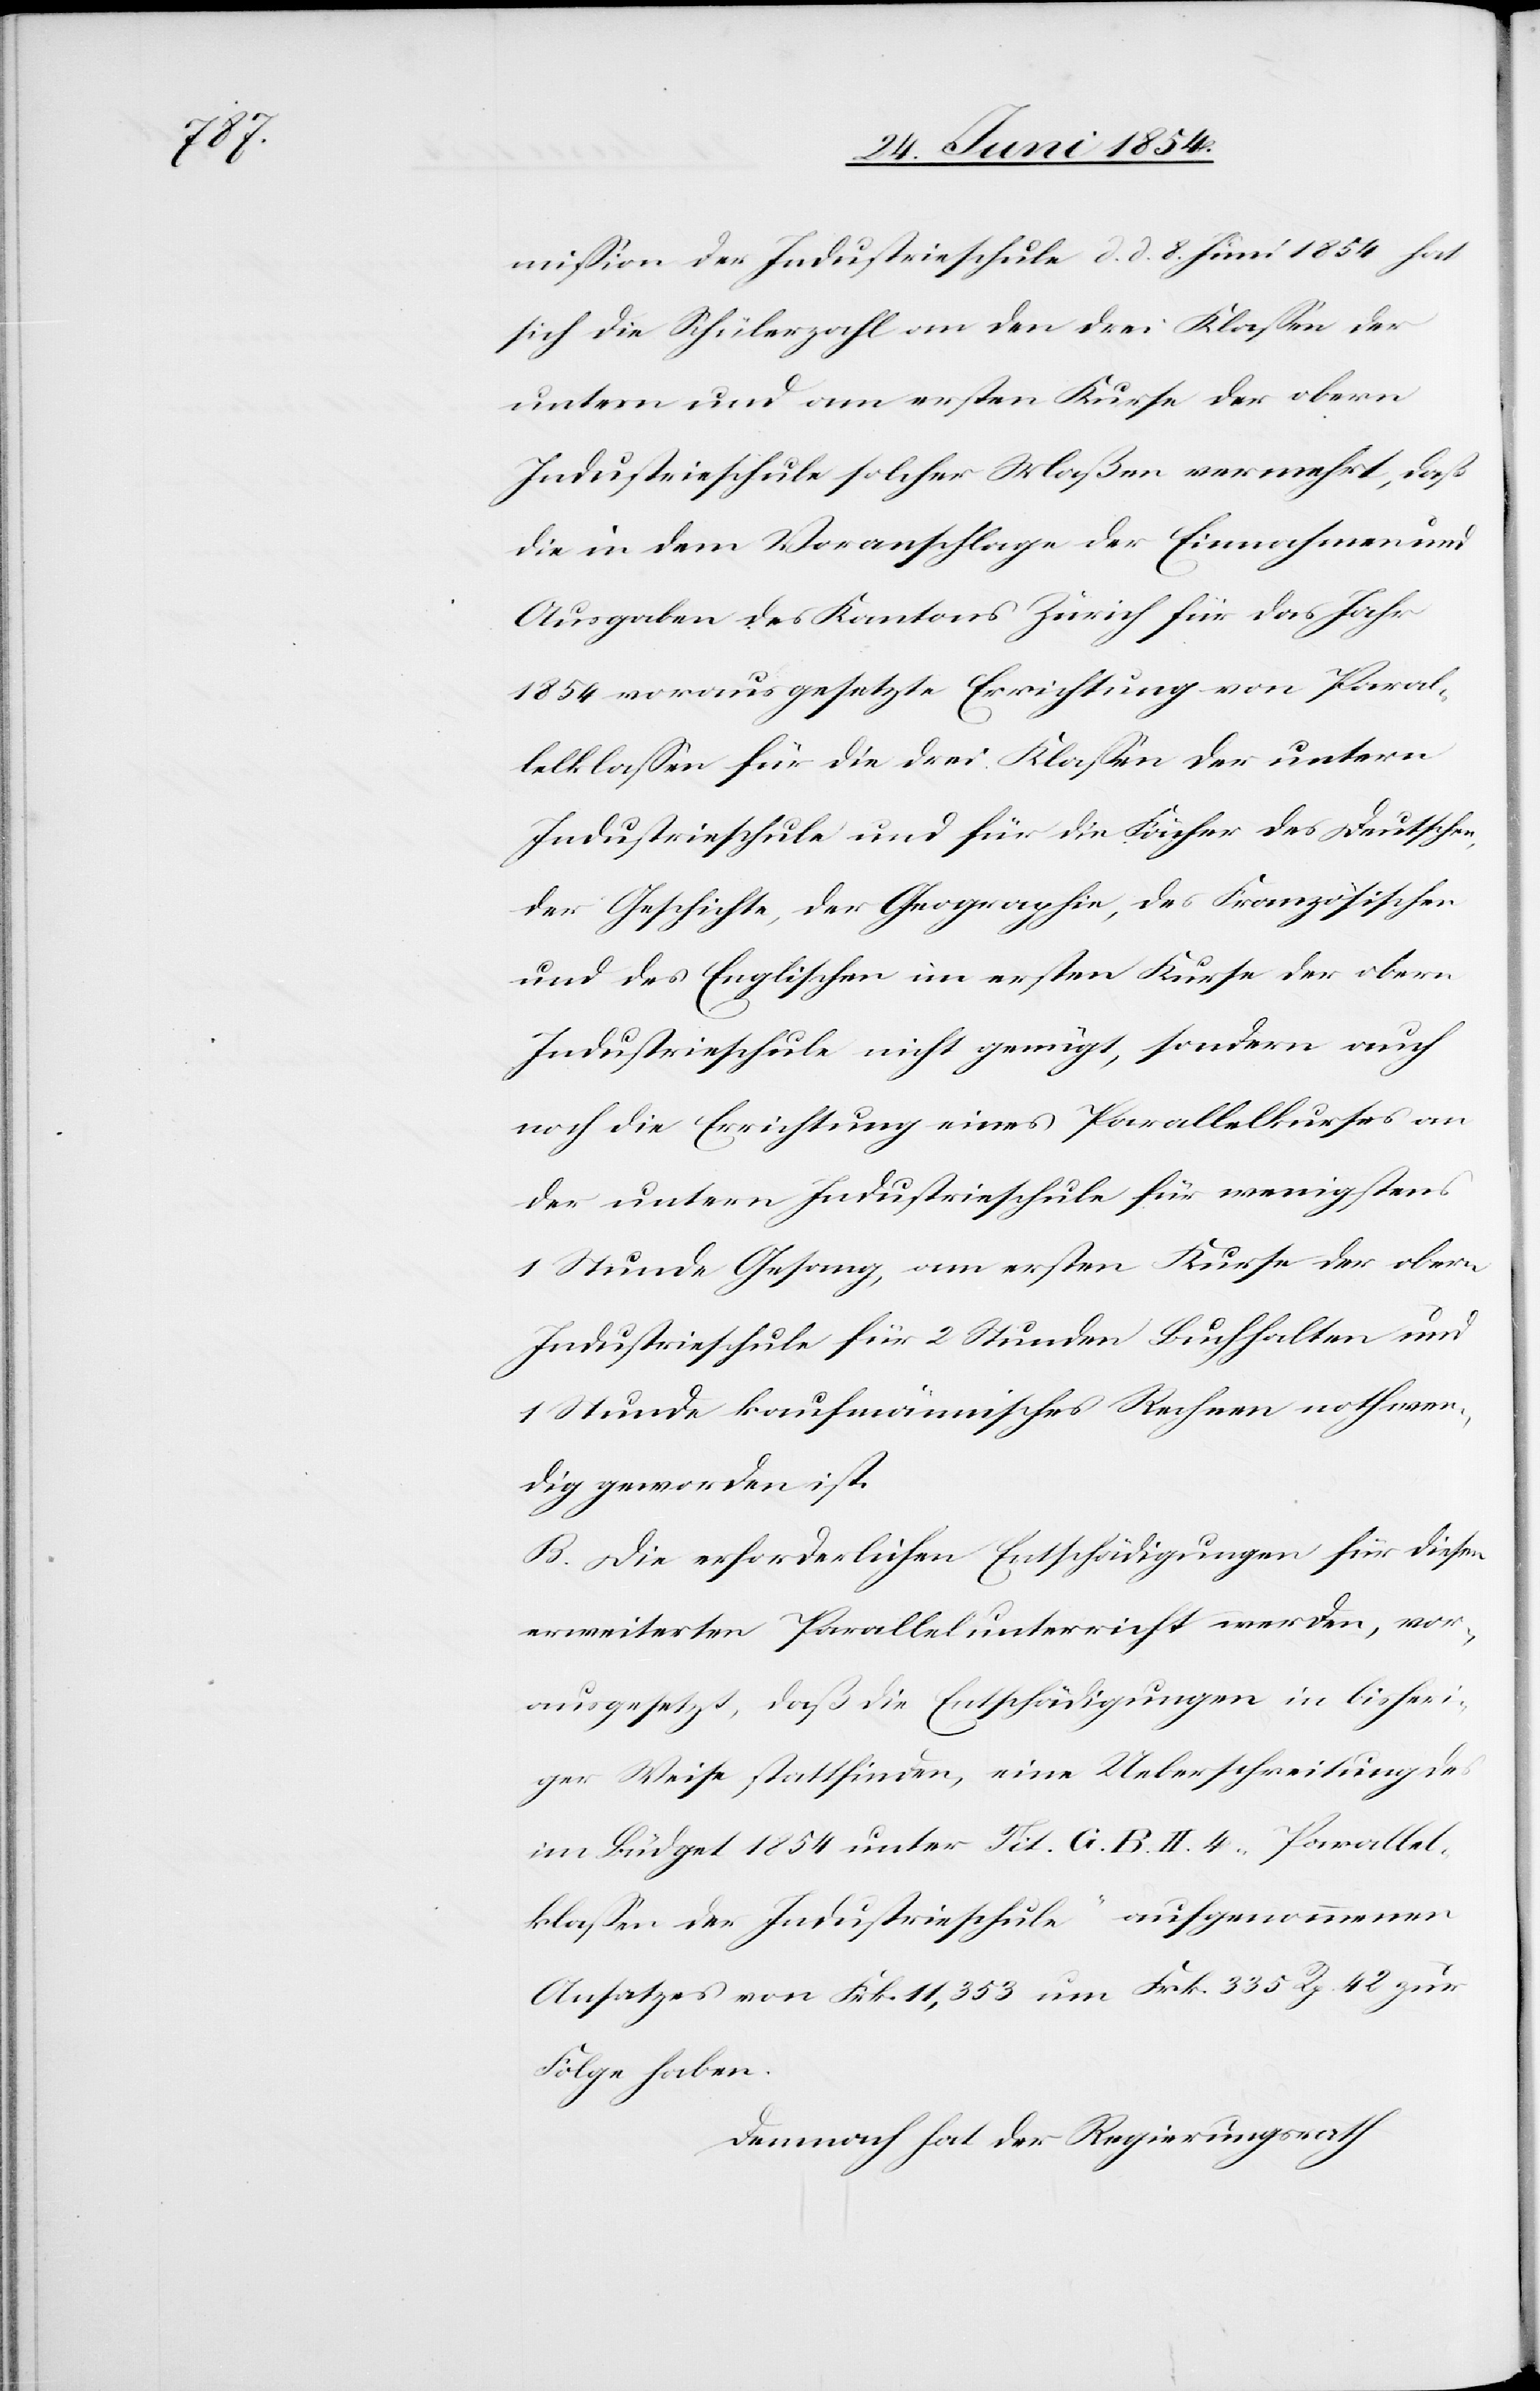
mißion der Industrieschule d. d. 8. Juni 1854 hat
sich die Schülerzahl an den drei Klaßen der
untern und am ersten Kurse der obern
Industrieschule solcher Maßen vermehrt, daß
die in dem Voranschlage der Einnahmen
Ausgaben des Kantons Zürich für das Jahr
1854 vorausgesetzte Errichtung von Paral¬
lelklaßen für die drei Klaßen der untern
Industrieschule und für die Fächer des Deutschen,
der Geschichte, der Geographie, des Französischen
und des Englischen im ersten Kurse der obern
Industrieschule nicht genügt, sondern auch
noch die Errichtung eines Parallelkurses an
der untern Industrieschule für wenigstens
1 Stunde Gesang, am ersten Kurse der obern
Industrieschule für 2 Stunden Buchhalten und
1 Stunde kaufmännisches Rechnen nothwen¬
dig geworden ist.
B. Die erforderlichen Entschädigungen für diesen
erweiterten Parallelunterricht werden, vor¬
ausgesetzt, daß die Entschädigungen in bisheri¬
ger Weise stattfinden, eine Ueberschreitung des
im Büdget 1854 unter Tit. G. B. II. 4. „Parallel¬
klaßen der Industrieschule“ aufgenommenen
Ansatzes von Frk. 11,353 um Frk. 335 Rp. 42 zur
Folge haben.
Demnach hat der Regierungsrath